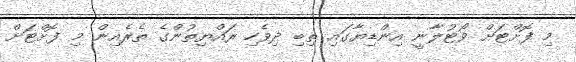
މި ފޮށްޓަށް ވޯޓުލާނީ އިންޑިޔާގައި ތިބި ދިވެހި ރައްޔިތުންގެ ތެރެއިން މި ފޮށްޓަށް